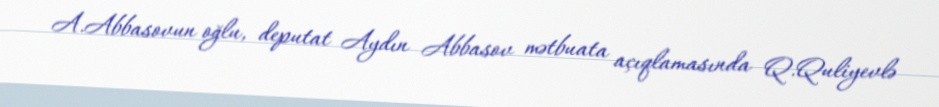
A.Abbasovun oğlu, deputat Aydın Abbasov mətbuata açıqlamasında Q.Quliyevlə